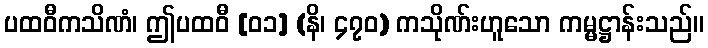
ပထဝီကသိဏံ၊ ဤပထဝီ [၀၁] (နိ၊ ၄၇၀) ကသိုဏ်းဟူသော ကမ္မဋ္ဌာန်းသည်။